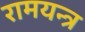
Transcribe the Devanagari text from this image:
रामयन्त्र